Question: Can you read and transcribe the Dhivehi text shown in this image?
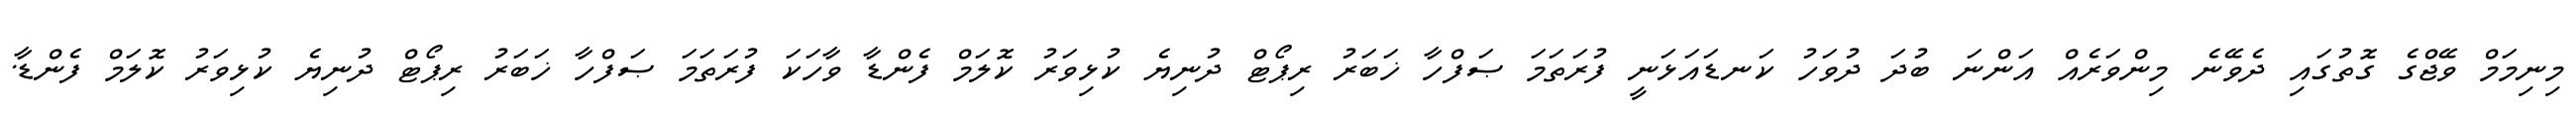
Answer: މިނިމަމް ވޭޖްގެ ގޮތުގައި ދެވޭނެ މިންވަރެއް އަންނަ ބުދަ ދުވަހު ކަނޑައަޅަނީ ފުރަތަމަ ޞަފްހާ ޚަބަރު ރިޕޯޓް ދުނިޔެ ކުޅިވަރު ކޮލަމް ފެންޑާ ވާހަކަ ފުރަތަމަ ޞަފްހާ ޚަބަރު ރިޕޯޓް ދުނިޔެ ކުޅިވަރު ކޮލަމް ފެންޑާ.